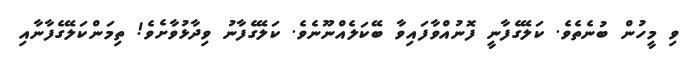
ވި މީހުން ބުނެތެވެ. ކަލޭގެފާނީ ފޮނުއްވާފައިވާ ބޭކަލެއްނޫނެވެ. ކަލޭގެފާނު ވިދާޅުވާށެވެ! ތިމަންކަލޭގެފާނާއި